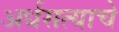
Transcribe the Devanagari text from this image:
अर्धसत्याचे